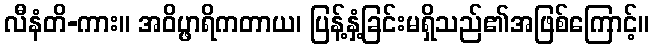
လီနံတိ-ကား။ အဝိပ္ဖာရိကတာယ၊ ပြန့်နှံ့ခြင်းမရှိသည်၏အဖြစ်ကြောင့်။